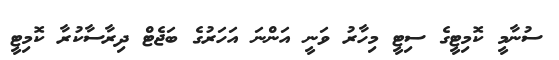
ސުނާމީ ކޮމިޓީގެ ސިޓީ މިހާރު ވަނީ އަންނަ އަހަރުގެ ބަޖެޓް ދިރާސާކުރާ ކޮމިޓީ